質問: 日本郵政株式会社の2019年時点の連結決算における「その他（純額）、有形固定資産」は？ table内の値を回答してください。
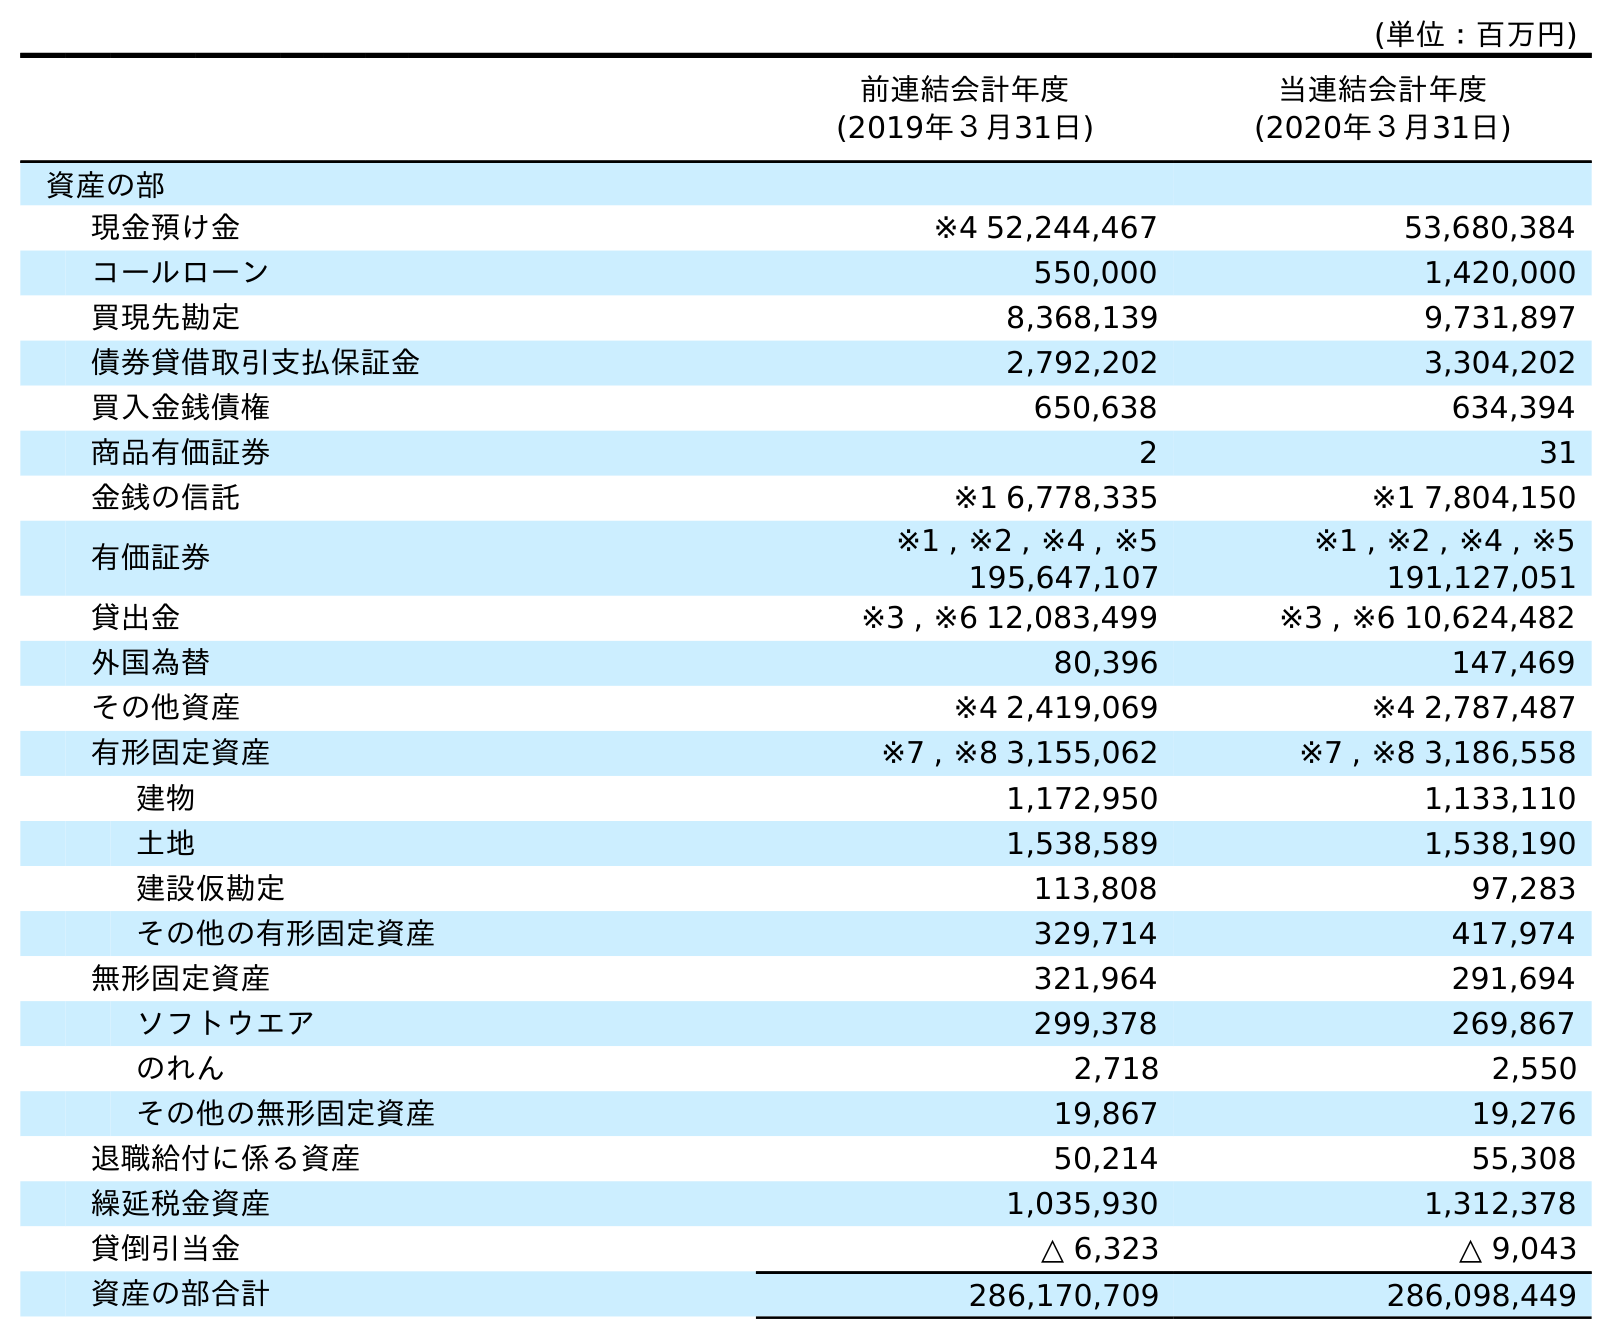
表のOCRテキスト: (単位：百万円) 前連結会計年度 (2019年３月31日) 当連結会計年度 (2020年３月31日) 資産の部 現金預け金 ※4 52,244,467 53,680,384 コールローン 550,000 1,420,000 買現先勘定 8,368,139 9,731,897 債券貸借取引支払保証金 2,792,202 3,304,202 買入金銭債権 650,638 634,394 商品有価証券 2 31 金銭の信託 ※1 6,778,335 ※1 7,804,150 有価証券 ※1 , ※2 , ※4 , ※5 195,647,107 ※1 , ※2 , ※4 , ※5 191,127,051 貸出金 ※3 , ※6 12,083,499 ※3 , ※6 10,624,482 外国為替 80,396 147,469 その他資産 ※4 2,419,069 ※4 2,787,487 有形固定資産 ※7 , ※8 3,155,062 ※7 , ※8 3,186,558 建物 1,172,950 1,133,110 土地 1,538,589 1,538,190 建設仮勘定 113,808 97,283 その他の有形固定資産 329,714 417,974 無形固定資産 321,964 291,694 ソフトウエア 299,378 269,867 のれん 2,718 2,550 その他の無形固定資産 19,867 19,276 退職給付に係る資産 50,214 55,308 繰延税金資産 1,035,930 1,312,378 貸倒引当金 △ 6,323 △ 9,043 資産の部合計 286,170,709 286,098,449
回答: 329,714